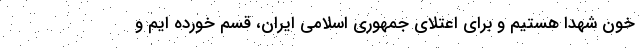
خون شهدا هستیم و برای اعتلای جمهوری اسلامی ایران، قسم خورده ایم و